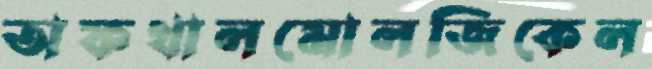
অফথালমোলজিকেল